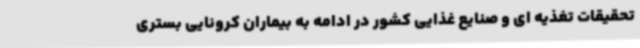
تحقیقات تغذیه ای و صنایع غذایی کشور در ادامه به بیماران کرونایی بستری